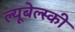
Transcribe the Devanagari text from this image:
ल्यूबेल्स्की